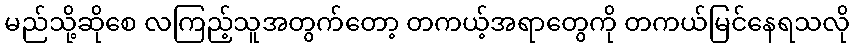
မည်သို့ဆိုစေ လကြည့်သူအတွက်တော့ တကယ့်အရာတွေကို တကယ်မြင်နေရသလို